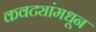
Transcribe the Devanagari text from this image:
कवट्यांमधून